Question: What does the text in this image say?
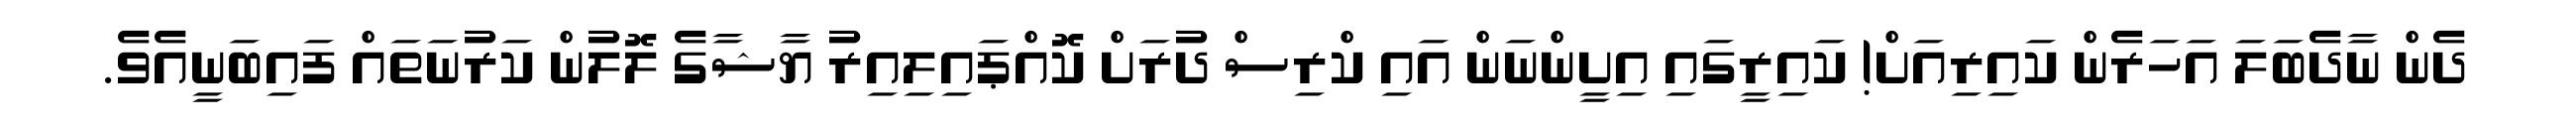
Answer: ދެން ނާދެބަލަ އަހަރެން ކައިރިއަށް! ކައިރީގައި އިށީންނަން އައި ކްރިސް ދުރަށް ކޮއްޕައިލިއިރު ޔާޝާގެ ލޮލުން ކަރުނަތައް ފައިބަނީއެވެ.